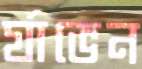
র‍্যাভেন